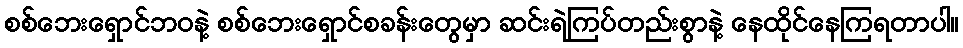
စစ်ဘေးရှောင်ဘဝနဲ့ စစ်ဘေးရှောင်စခန်းတွေမှာ ဆင်းရဲကြပ်တည်းစွာနဲ့ နေထိုင်နေကြရတာပါ။